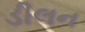
ડીલન